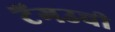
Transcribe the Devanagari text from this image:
टैंगउची